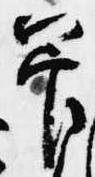
管